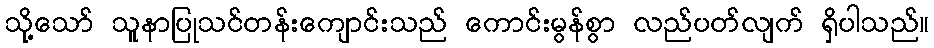
သို့သော် သူနာပြုသင်တန်းကျောင်းသည် ကောင်းမွန်စွာ လည်ပတ်လျက် ရှိပါသည်။